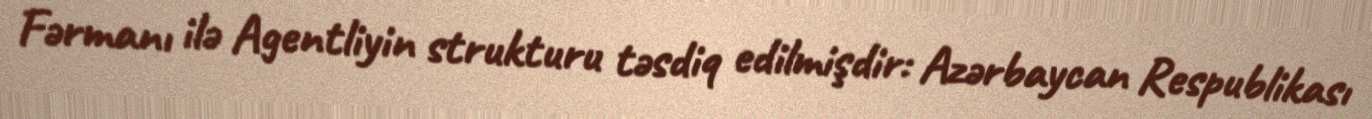
Fərmanı ilə Agentliyin strukturu təsdiq edilmişdir: Azərbaycan Respublikası